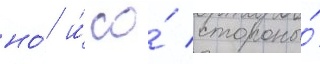
но́ и́ со́ стороны́